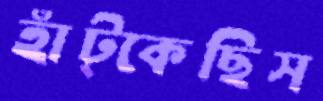
হাঁট্‌কেছিস